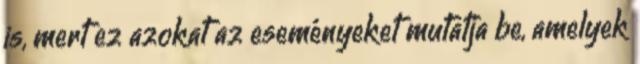
is, mert ez azokat az eseményeket mutatja be, amelyek